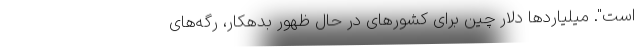
است". میلیاردها دلار چین برای کشورهای در حال ظهورِ بدهکار، رگه‌های